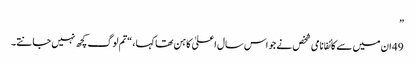
”
49 ان میں سے کائفا نامی شخص نے جو اس سال اعلیٰ کاہن تھا کہا ، “تم لوگ کچھ نہیں جانتے۔